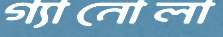
গ্যানোলা